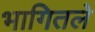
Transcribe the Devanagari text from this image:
भागितले